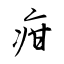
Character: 疳